画像に写った文字を読んでください
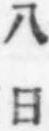
「八日」と書いてあります